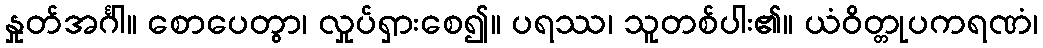
နှုတ်အင်္ဂါ။ စောပေတွာ၊ လှုပ်ရှားစေ၍။ ပရဿ၊ သူတစ်ပါး၏။ ယံဝိတ္တုပကရဏံ၊